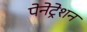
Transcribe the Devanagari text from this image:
पेनेट्रेशन